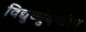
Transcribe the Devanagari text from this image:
विद्युच्चंुबकीय